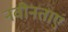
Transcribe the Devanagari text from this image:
नवीनताएं